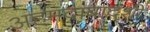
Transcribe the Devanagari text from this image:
अहमदाबादशी